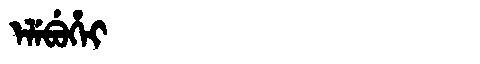
Manchu: ᡝᠯᡝᠪᡠᡥᡝᡳ
Romanization: ELEBUHEI